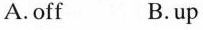
A.off B.up